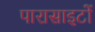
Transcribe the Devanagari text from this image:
पारासाइटों